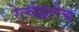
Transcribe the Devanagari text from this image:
रेल्वेद्वारेच